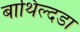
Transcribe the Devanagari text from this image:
बाथिल्दडा